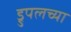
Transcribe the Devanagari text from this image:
ड्रुपलच्या